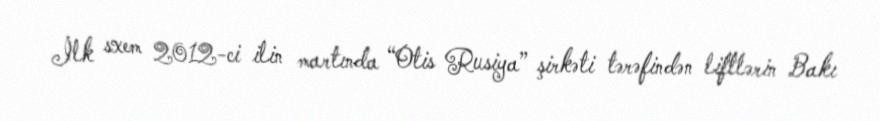
İlk sxem 2012-ci ilin martında “Otis Rusiya” şirkəti tərəfindən liftlərin Bakı